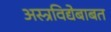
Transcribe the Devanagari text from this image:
अस्त्रविद्येबाबत